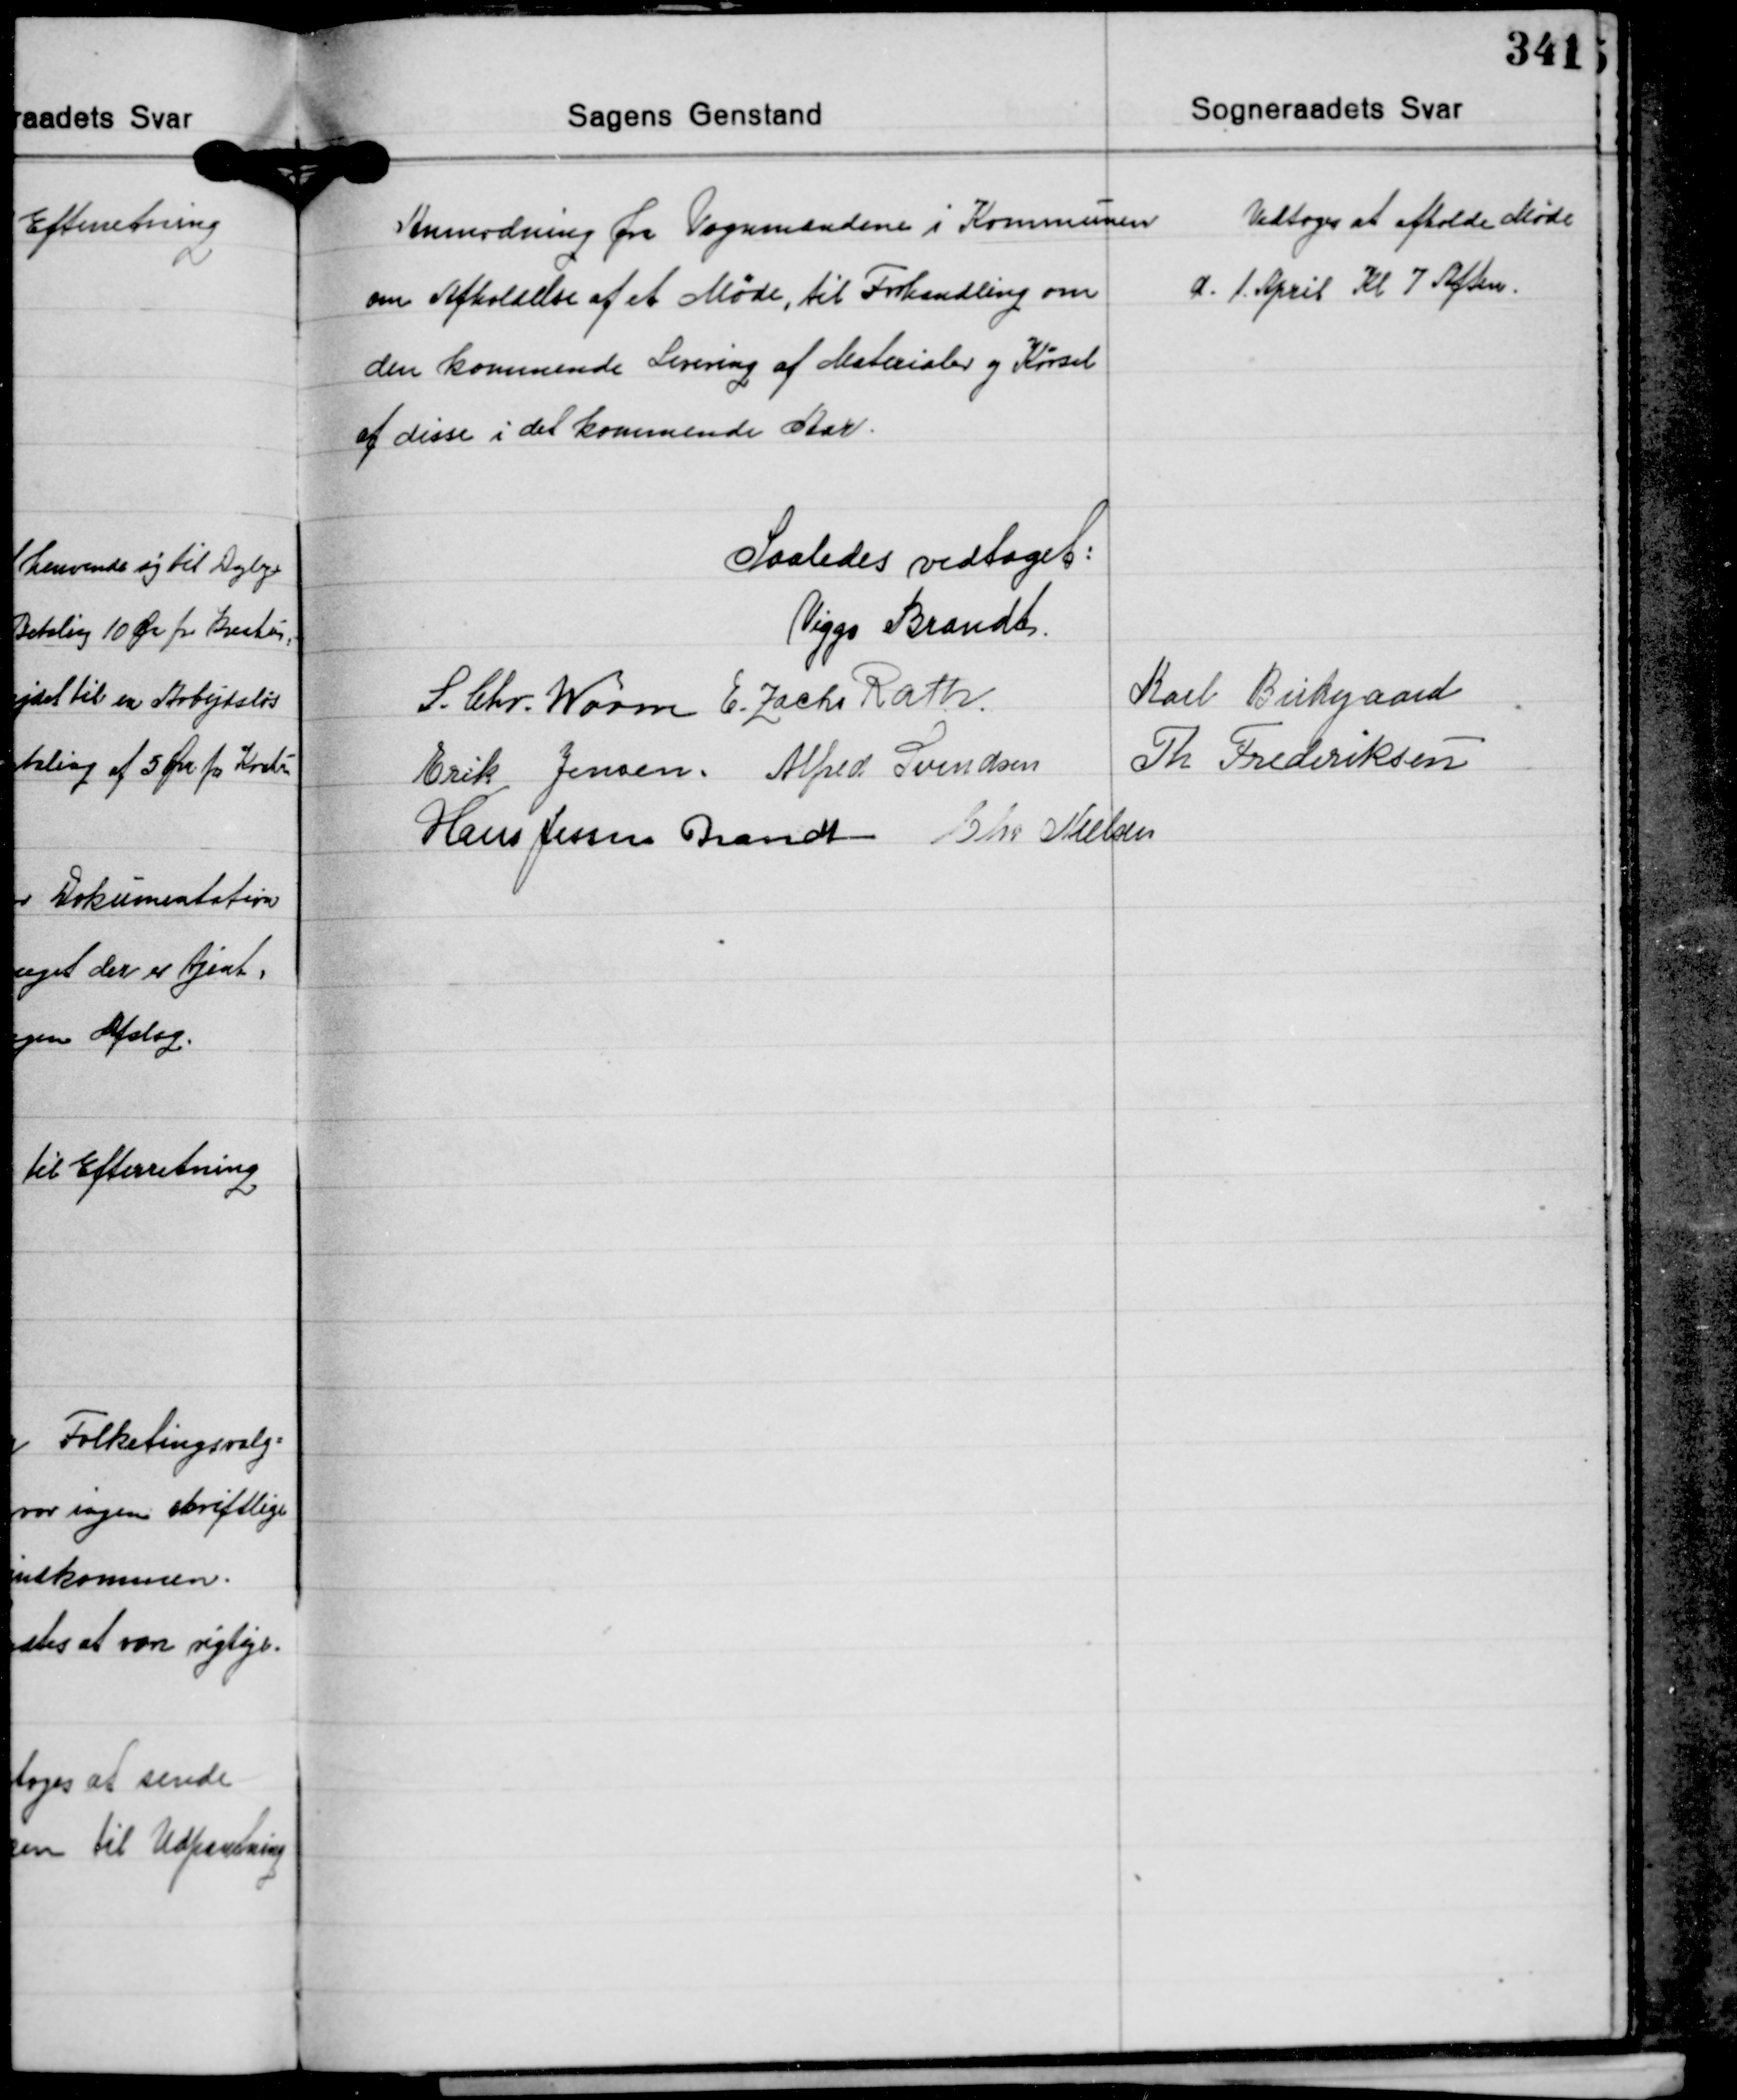
Transskription:
Anmodning fra Vognmændene i Kommunen
om Afholdelse af et Møde, til Forhandling om
den kommende Levering af Materialer og Kørsel
af disse i det kommende Aar.

Vedtoges at afholde Møde
d. 1. April Kl. 7 Aften.

Saaledes vedtaget:
Viggo Brandt
Karl Birkegaard
S. Chr. Worm E. Zacho Rath
Erik Jensen Alfred Svendsen Th. Frederiksen
Hans Jessen Brandt Chr. Nielsen